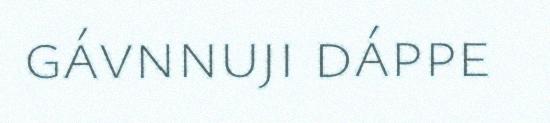
gávnnuji dáppe